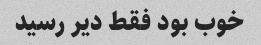
خوب بود فقط دیر رسید